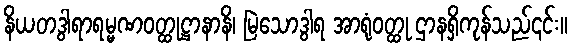
နိယတဒွါရာရမ္မဏဝတ္ထုဋ္ဌာနာနိ၊ မြဲသောဒွါရ အာရုံဝတ္ထု ဌာနရှိကုန်သည်၎င်း။